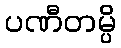
ပဏီတမ္ပိ